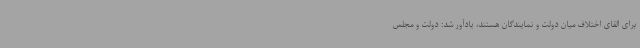
برای القای اختلاف میان دولت و نمایندگان هستند، یادآور شد: دولت و مجلس